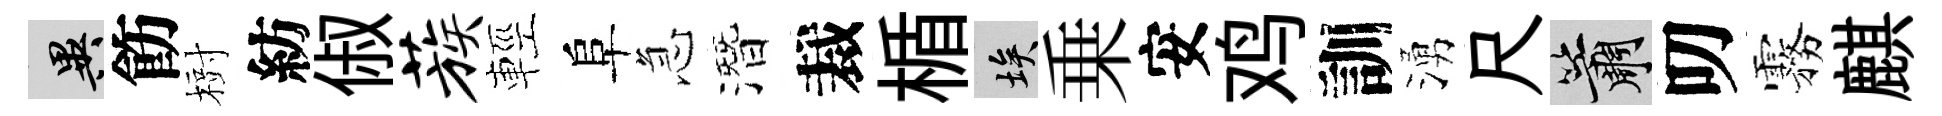
异飭𣗳紡俶蔟輕阜急潛裁楯埃乗安鸡訓湧尺簫叨霧麒